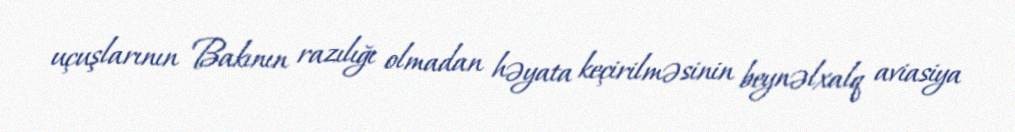
uçuşlarının Bakının razılığı olmadan həyata keçirilməsinin beynəlxalq aviasiya